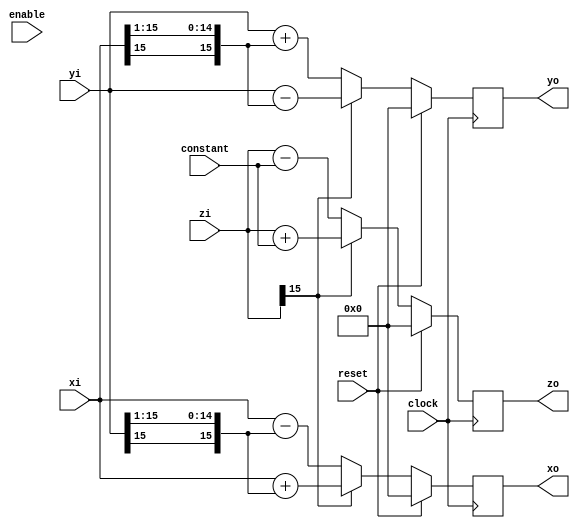
// -*- verilog -*-
//
//  USRP - Universal Software Radio Peripheral
//
//  Copyright (C) 2003 Matt Ettus
//
//  This program is free software; you can redistribute it and/or modify
//  it under the terms of the GNU General Public License as published by
//  the Free Software Foundation; either version 2 of the License, or
//  (at your option) any later version.
//
//  This program is distributed in the hope that it will be useful,
//  but WITHOUT ANY WARRANTY; without even the implied warranty of
//  MERCHANTABILITY or FITNESS FOR A PARTICULAR PURPOSE.  See the
//  GNU General Public License for more details.
//
//  You should have received a copy of the GNU General Public License
//  along with this program; if not, write to the Free Software
//  Foundation, Inc., 51 Franklin Street, Boston, MA  02110-1301  USA
//

module cordic_stage( clock, reset, enable, xi,yi,zi,constant,xo,yo,zo);
   parameter bitwidth = 16;
   parameter zwidth = 16;
   parameter shift = 1;
   
   input     clock;
   input     reset;
   input     enable;
   input [bitwidth-1:0] xi,yi;
   input [zwidth-1:0] zi;
   input [zwidth-1:0] constant;
   output [bitwidth-1:0] xo,yo;
   output [zwidth-1:0] zo;
   
   wire z_is_pos = ~zi[zwidth-1];

   reg [bitwidth-1:0] 	 xo,yo;
   reg [zwidth-1:0] zo;
   
   always @(posedge clock)
     if(reset)
       begin
	  xo <= 0;
	  yo <= 0;
	  zo <= 0;
       end
     else //if(enable)
       begin
	  xo <= z_is_pos ?   
		xi - {{shift+1{yi[bitwidth-1]}},yi[bitwidth-2:shift]} :
		xi + {{shift+1{yi[bitwidth-1]}},yi[bitwidth-2:shift]};
	  yo <= z_is_pos ?   
		yi + {{shift+1{xi[bitwidth-1]}},xi[bitwidth-2:shift]} :
		yi - {{shift+1{xi[bitwidth-1]}},xi[bitwidth-2:shift]};
	  zo <= z_is_pos ?   
		zi - constant :
		zi + constant;
       end
endmodule